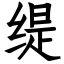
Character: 缇